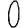
Digit: 0